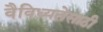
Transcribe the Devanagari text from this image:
वैविध्यतेसाठी